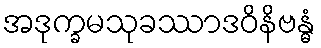
အဒုက္ခမသုခဿာဒဝိနိဗန္ဓံ